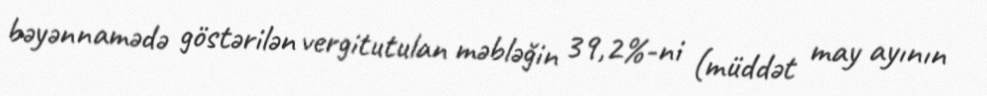
bəyənnamədə göstərilən vergitutulan məbləğin 39,2%-ni (müddət may ayının